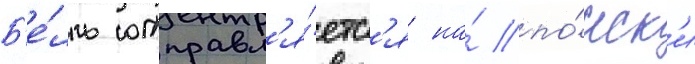
Б'е́лль отправл'я́етс'я на́ по́иск'и